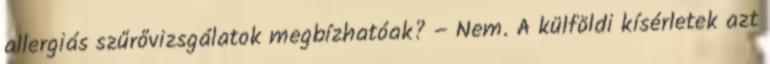
allergiás szűrővizsgálatok megbízhatóak? – Nem. A külföldi kísérletek azt